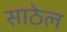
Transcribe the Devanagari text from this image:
साठेल